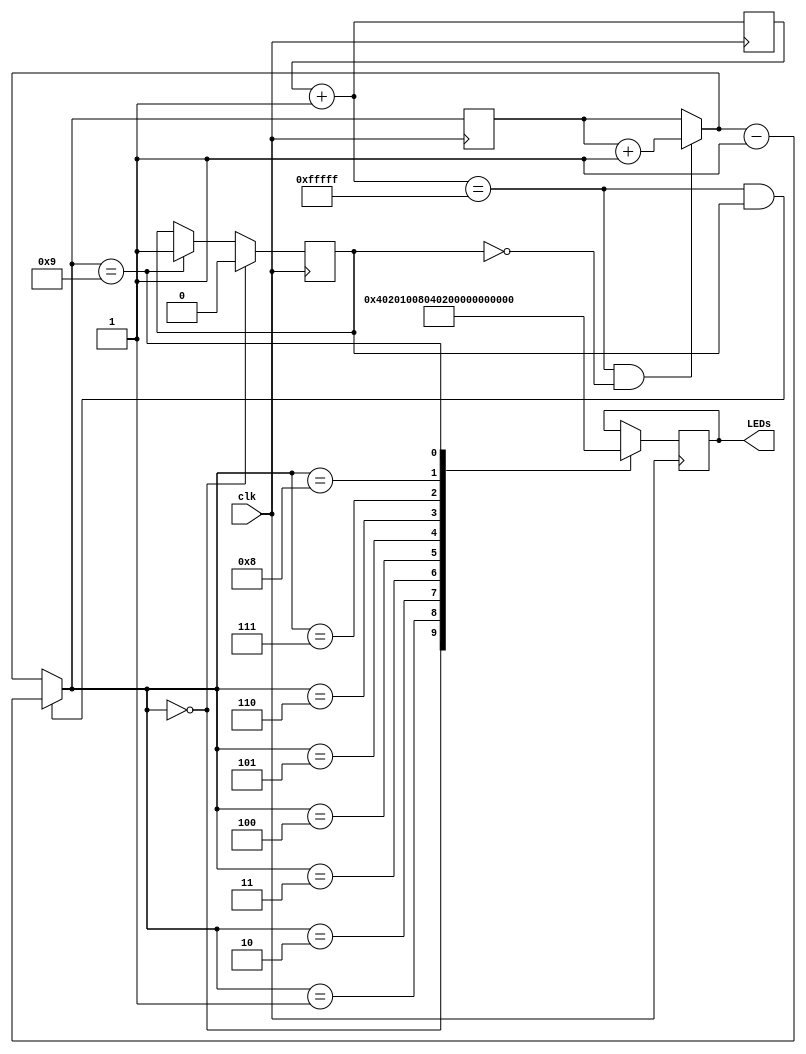
module magic(clk,LEDs);

	input clk;
	reg [19:0]i;
	reg [4:0]count;
	reg backwards;
	output reg [9:0]LEDs;
	
	always@(posedge clk)
		begin
			
			i=i+1;
			
			if(i==20'hfffff && backwards==0)
					count=count+1;
				
			if(i==20'hfffff && backwards==1)
					count=count-1;
				
			if(count==9)
				backwards=1;
				
			if(count==0)
				backwards=0;
				
			case(count)
				
					0: LEDs=10'b0000000001;
					1: LEDs=10'b0000000010;
					2: LEDs=10'b0000000100;
					3: LEDs=10'b0000001000;
					4: LEDs=10'b0000010000;
					5: LEDs=10'b0000100000;
					6: LEDs=10'b0001000000;
					7: LEDs=10'b0010000000;
					8: LEDs=10'b0100000000;
					9: LEDs=10'b1000000000;
				
			endcase
					
			
		end

endmodule